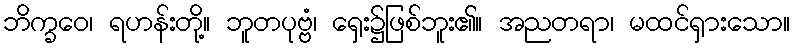
ဘိက္ခဝေ၊ ရဟန်းတို့။ ဘူတပုဗ္ဗံ၊ ရှေး၌ဖြစ်ဘူး၏။ အညတရာ၊ မထင်ရှားသော။